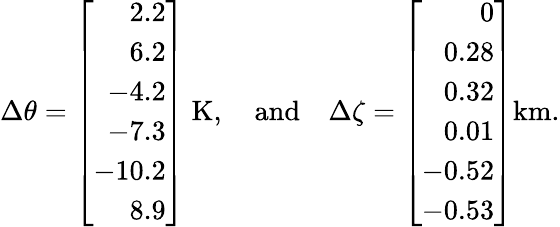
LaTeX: {\Delta\theta}=\left[\begin{array}{r}{2.2}\\ {6.2}\\ {-4.2}\\ {-7.3}\\ {-10.2}\\ {8.9}\end{array}\right]\mathrm{~K},\quad\mathrm{and}\quad{\Delta\zeta}=\left[\begin{array}{r}{0}\\ {0.28}\\ {0.32}\\ {0.01}\\ {-0.52}\\ {-0.53}\end{array}\right]\mathrm{km}.